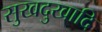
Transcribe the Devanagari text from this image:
सुखदुखादि